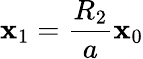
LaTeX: \mathbf{x}_{1}=\frac{{R_{2}}}{{a}}\mathbf{x}_{0}